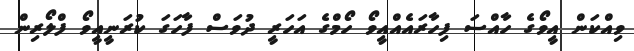
ވިއްކަން އީވޯގެ ހާއްސަ ފިހާރައެއްއީވޯ ހޯމްގެ އަހަރީ ދުވަސް ފާހަގަ ކުރަނީއީވޯ ފްލޯރިން